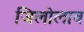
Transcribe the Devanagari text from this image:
जिलोलाव